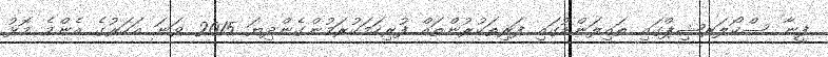
ފީނާ ސްކޯލަރޝިޕްގައި ތައިލަންޑުގައި ފަރިތަކުރުންތައް ފުރިހަމަކުރަމުންގެންދިޔަ 2015 ވަނަ އަހަރުގެ އެންމެ މޮޅު